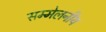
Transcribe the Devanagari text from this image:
सम्मेलनीय